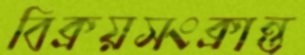
বিক্রয়সংক্রান্ত